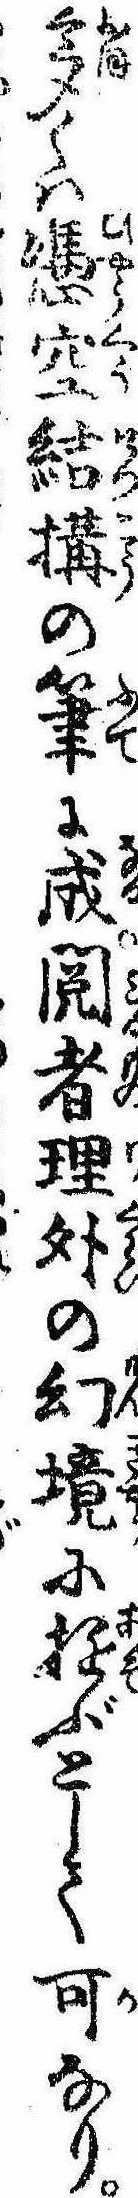
多くは憑空結構の筆に成閲者理外の幻境に遊ぶとして可なり